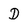
Character: D